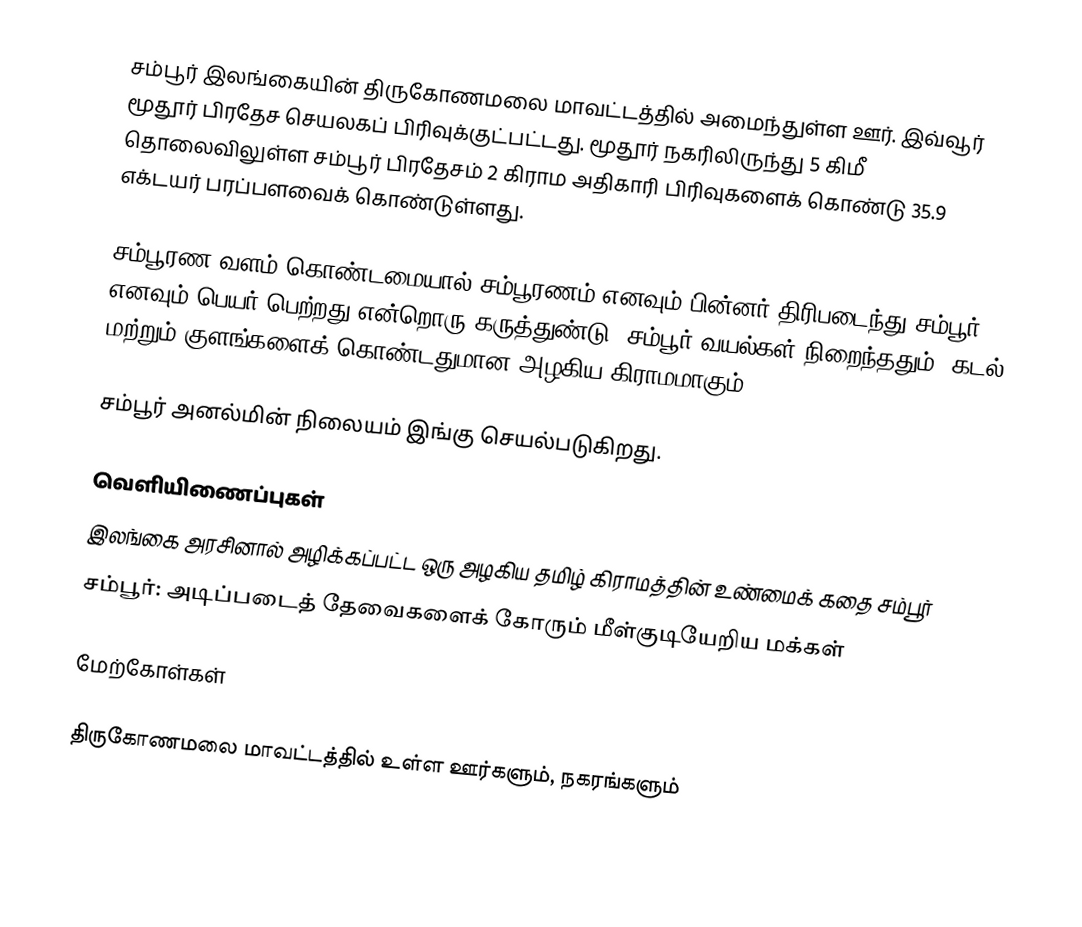
சம்பூர் இலங்கையின் திருகோணமலை மாவட்டத்தில் அமைந்துள்ள ஊர். இவ்வூர் மூதூர் பிரதேச செயலகப் பிரிவுக்குட்பட்டது. மூதூர் நகரிலிருந்து 5 கிமீ தொலைவிலுள்ள சம்பூர் பிரதேசம் 2 கிராம அதிகாரி பிரிவுகளைக் கொண்டு 35.9 எக்டயர் பரப்பளவைக் கொண்டுள்ளது.

சம்பூரண வளம் கொண்டமையால் சம்பூரணம் எனவும் பின்னர் திரிபடைந்து சம்பூர் எனவும் பெயர் பெற்றது என்றொரு கருத்துண்டு. சம்பூர் வயல்கள் நிறைந்ததும், கடல் மற்றும் குளங்களைக் கொண்டதுமான அழகிய கிராமமாகும்.

சம்பூர் அனல்மின் நிலையம் இங்கு செயல்படுகிறது.

வெளியிணைப்புகள்
 இலங்கை அரசினால் அழிக்கப்பட்ட ஒரு அழகிய தமிழ் கிராமத்தின் உண்மைக் கதை  சம்பூர்
  சம்பூர்: அடிப்படைத் தேவைகளைக் கோரும் மீள்குடியேறிய மக்கள்

மேற்கோள்கள்

திருகோணமலை மாவட்டத்தில் உள்ள ஊர்களும், நகரங்களும்